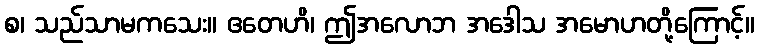
စ၊ သည်သာမကသေး။ ဧတေဟိ၊ ဤအလောဘ အဒေါသ အမောဟတို့ကြောင့်။